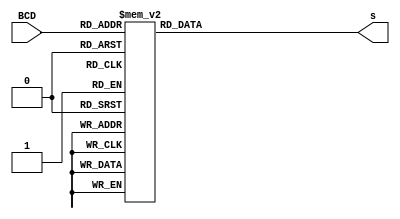
module bcd_to_7seg (input [3:0] BCD, output reg [7:0] s);  
	always @ (BCD)  
	begin   
		case (BCD)    
			0:       s = 8'b10001000;    
			1:       s = 8'b11101101;    
			2:       s = 8'b10100010;    
			3:       s = 8'b10100100;    
			4:       s = 8'b11000101;    
			5:       s = 8'b10010100;    
			6:       s = 8'b10010000;    
			7:       s = 8'b10101101;    
			8:       s = 8'b10000000;    
			9:       s = 8'b10000100;
			10:      s = 8'b10000001; //A
			11:      s = 8'b11010000; //B
			12:      s = 8'b10011010; //C
			13:      s = 8'b11100000; //D
			14:      s = 8'b10010010; //E
			15:      s = 8'b10010011; //F    
			default: s = 8'b01111111;   
		endcase  
	end 
endmodule